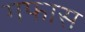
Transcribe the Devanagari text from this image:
गफास